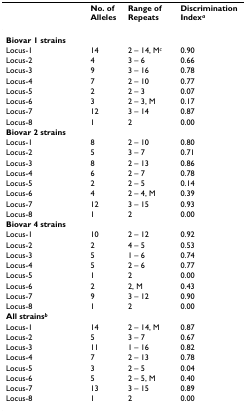
|  | No. of Alleles | Range of Repeats | Discrimination Indexa |
 | --- | --- | --- | --- |
 | Biovar 1 strains |  |  |  |
 | Locus-1 | 14 | 2 – 14, Mc | 0.90 |
 | Locus-2 | 4 | 3 – 6 | 0.66 |
 | Locus-3 | 9 | 3 – 16 | 0.78 |
 | Locus-4 | 7 | 2 – 10 | 0.77 |
 | Locus-5 | 2 | 2 – 3 | 0.07 |
 | Locus-6 | 3 | 2 – 3, M | 0.17 |
 | Locus-7 | 12 | 3 – 14 | 0.87 |
 | Locus-8 | 1 | 2 | 0.00 |
 | Biovar 2 strains |  |  |  |
 | Locus-1 | 8 | 2 – 10 | 0.80 |
 | Locus-2 | 5 | 3 – 7 | 0.71 |
 | Locus-3 | 8 | 2 – 13 | 0.86 |
 | Locus-4 | 6 | 2 – 7 | 0.78 |
 | Locus-5 | 2 | 2 – 5 | 0.14 |
 | Locus-6 | 4 | 2 – 4, M | 0.39 |
 | Locus-7 | 12 | 3 – 15 | 0.93 |
 | Locus-8 | 1 | 2 | 0.00 |
 | Biovar 4 strains |  |  |  |
 | Locus-1 | 10 | 2 – 12 | 0.92 |
 | Locus-2 | 2 | 4 – 5 | 0.53 |
 | Locus-3 | 5 | 1 – 6 | 0.74 |
 | Locus-4 | 5 | 2 – 6 | 0.77 |
 | Locus-5 | 1 | 2 | 0.00 |
 | Locus-6 | 2 | 2, M | 0.43 |
 | Locus-7 | 9 | 3 – 12 | 0.90 |
 | Locus-8 | 1 | 2 | 0.00 |
 | All strainsb |  |  |  |
 | Locus-1 | 14 | 2 – 14, M | 0.87 |
 | Locus-2 | 5 | 3 – 7 | 0.67 |
 | Locus-3 | 11 | 1 – 16 | 0.82 |
 | Locus-4 | 7 | 2 – 13 | 0.78 |
 | Locus-5 | 3 | 2 – 5 | 0.04 |
 | Locus-6 | 5 | 2 – 5, M | 0.40 |
 | Locus-7 | 13 | 3 – 15 | 0.89 |
 | Locus-8 | 1 | 2 | 0.00 |